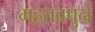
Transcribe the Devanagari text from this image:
महतवपुर्न